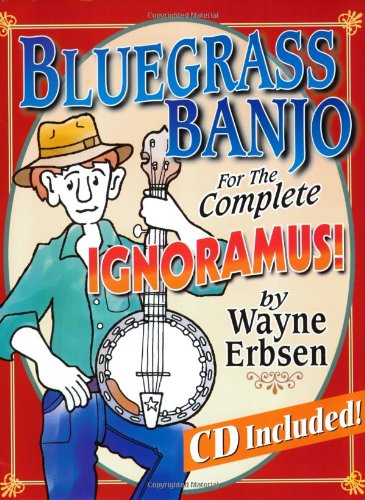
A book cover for Bluegrass Banjo for the Complete Ignoramus (Book & CD set); Wayne Erbsen; Arts & Photography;